Report on sanitation, dispensaries, and jails in Rajputana for 1914, and on vaccination for the year 1914-1915 - 1914-1915
Year: 1914
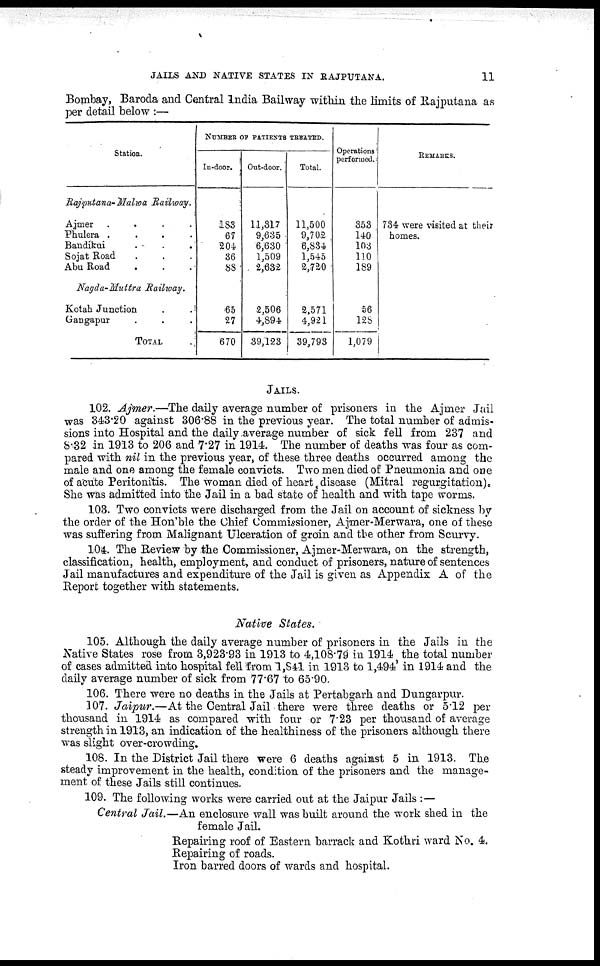
JAILS AND NATIVE STATES IN RAJPUTANA.
11
Bombay, Baroda and Central India Bailway within the limits of Rajputana as
per detail below :—
Station.
Rajputana-Malwa
Railway.
Ajmer
.
.
.
.
Phulera .
.
.
.
Bandikui . . .
Sojat Road . . .
Abu Road . . .
Nagda-Muttra
Railway.
Kotah Junction . .
Gangapur . . .
TOTAL .
NUMBER OF PATIENTS TREATED.
In-door.
183
67
204
36
88
65
27
670
Out-door.
11,317
9,635
6,630
1,509
2,632
2,506
4,894
39,123
Total.
11,500
9,702
6,834
1,545
2,720
2,571
4,921
39,793
Operations
performed.
353
140
103
110
189
56
128
1,079
REMARKS.
734 were visited at their
homes.
JAILS.
102. Ajmer.—The daily average number of prisoners in the Ajmer Jail
was 343.20 against 306.88 in the previous year. The total number of admis-
sions into Hospital and the daily average number of sick fell from 237 and
8.32 in 1913 to 206 and 7.27 in 1914. The number of deaths was four as com-
pared with nil in the previous year, of these three deaths occurred among the
male and one among the female convicts. Two men died of Pneumonia and one
of acute Peritonitis. The woman died of heart disease (Mitral regurgitation).
She was admitted into the Jail in a bad state of health and with tape worms.
103. Two convicts were discharged from the Jail on account of sickness by
the order of the Hon'ble the Chief Commissioner, Ajmer-Merwara, one of these
was suffering from Malignant Ulceration of groin and the other from Scurvy.
104. The Review by the Commissioner, Ajmer-Merwara, on the strength,
classification, health, employment, and conduct of prisoners, nature of sentences
Jail manufactures and expenditure of the Jail is given as Appendix A of the
Report together with statements.
Native States.
105. Although the daily average number of prisoners in the Jails in the
Native States rose from 3,923.93 in 1913 to 4,108.79 in 1914 the total number
of cases admitted into hospital fell from 1,841 in 1913 to 1,494' in 1914 and the
daily average number of sick from 77.67 to 65.90.
106. There were no deaths in the Jails at Pertabgarh and Dungarpur.
107. Jaipur.—At the Central Jail there were three deaths or 5.12 per
thousand in 1914 as compared with four or 7.23 per thousand of average
strength in 1913, an indication of the healthiness of the prisoners although there
was slight over-crowding.
108. In the District Jail there were 6 deaths against 5 in 1913. The
steady improvement in the health, condition of the prisoners and the manage-
ment of these Jails still continues.
109. The following works were carried out at the Jaipur Jails :—
Central Jail.—An enclosure wall was built around the work shed in the
female Jail.
Repairing roof of Eastern barrack and Kothri ward No. 4.
Repairing of roads.
Iron barred doors of wards and hospital.